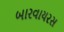
બારવાયરસ